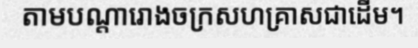
តាមបណ្តារោងចក្រសហគ្រាសជាដើម។